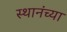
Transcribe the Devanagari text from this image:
स्थानंच्या